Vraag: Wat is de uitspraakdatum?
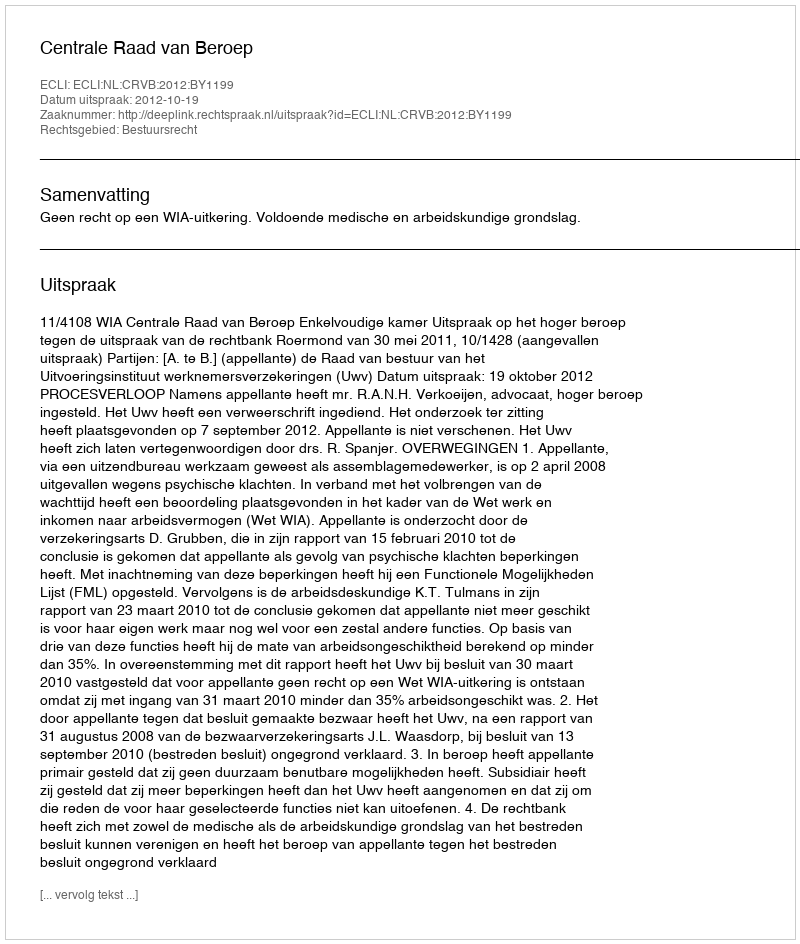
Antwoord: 2012-10-19